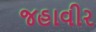
જહાવીર